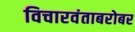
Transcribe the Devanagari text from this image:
विचारवंताबरोबर